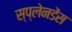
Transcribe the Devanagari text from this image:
स्प्लेनडेंस